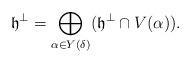
LaTeX: \begin{align*} \mathfrak h^\perp = \bigoplus \limits_{\alpha \in Y(\delta)} (\mathfrak h^\perp \cap V(\alpha)).\end{align*}